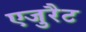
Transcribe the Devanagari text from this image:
एजुरैट